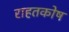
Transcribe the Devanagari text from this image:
राहतकोष